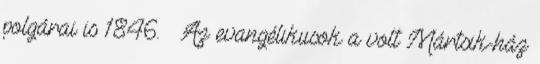
polgárai is 1846. – Az evangélikusok a volt Mártsik-ház